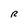
Character: R